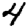
Digit: 4